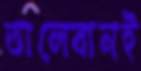
তালেবানই